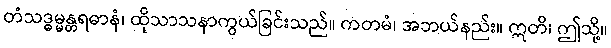
တံသဒ္ဓမ္မန္တရဓာနံ၊ ထိုသာသနာကွယ်ခြင်းသည်။ ကတမံ၊ အဘယ်နည်း။ ဣတိ၊ ဤသို့။